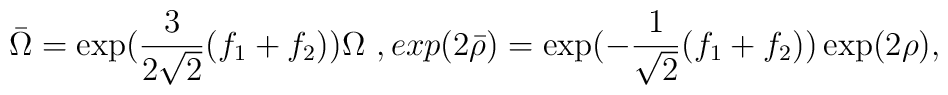
\bar{\Omega} = \exp ( \frac{3}{2 \sqrt{2}}(f_1 + f_2 ) )\Omega \ , \\exp ( 2 \bar{\rho} ) = \exp( - \frac{1}{\sqrt{2}}(f_1 + f_2 ) ) \exp ( 2 \rho ) ,